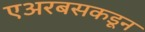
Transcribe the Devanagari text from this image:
एअरबसकडून